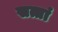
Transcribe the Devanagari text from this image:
सत्तां